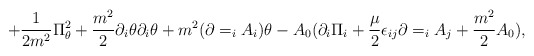
\begin{align*}+{1\over {2m^2}}\Pi _\theta ^2 +{{m^2}\over 2}\partial _i\theta \partial _i\theta +m^2(\partial =_iA_i)\theta-A_0(\partial _i\Pi _i+{\mu \over 2}\epsilon _{ij}\partial =_iA_j+{{m^2}\over 2}A_0),\end{align*}